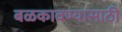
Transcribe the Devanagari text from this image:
बळकावण्यासाठी